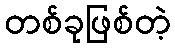
တစ်ခုဖြစ်တဲ့